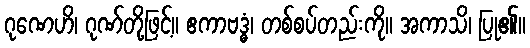
ဂုဏေဟိ၊ ဂုဏ်တို့ဖြင့်။ ဧကာဗဒ္ဓံ၊ တစ်စပ်တည်းကို။ အကာသိ၊ ပြု၏။